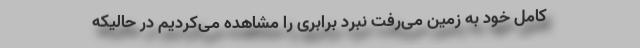
کامل خود به زمین می‌رفت نبرد برابری را مشاهده می‌کردیم در حالیکه